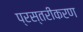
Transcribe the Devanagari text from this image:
प्रस्तरीकरण